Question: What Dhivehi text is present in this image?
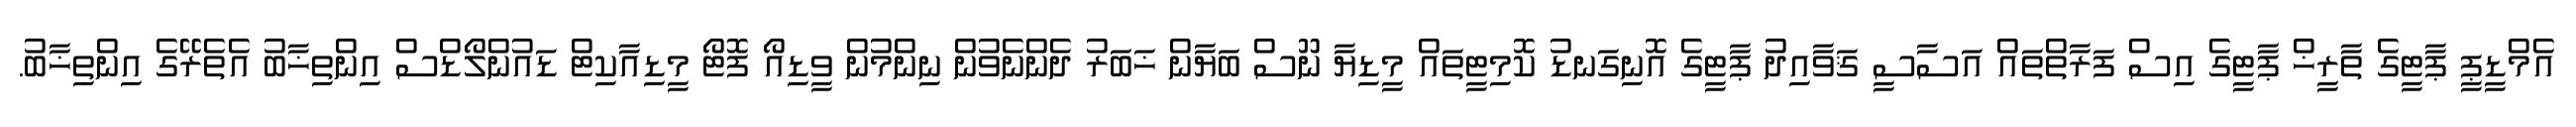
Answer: އެމްޑީޕީ ޕާޓީގެ ތާރީޚް ޕާޓީގެ އިސް ފަރާތްތައް އަސާސީ ޤަވާއިދު ޕާޓީގެ އޮނިގަނޑު ކޮމިޓީތައް މީޑިޔާ ނޫސް ބަޔާން ޚަބަރު ދެންނެވުން ނިންމުން ވީޑިއޯ ފޮޓޯ މީޑިއާކިޓް ޑައުންލޯޑްސް އިންތިޚާބު އެތެރޭގެ އިންތިޚާބު.